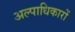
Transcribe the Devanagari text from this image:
अल्पाधिकारों